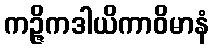
ကဉ္ဇိကဒါယိကာဝိမာနံ